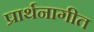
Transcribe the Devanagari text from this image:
प्रार्थनागीत